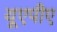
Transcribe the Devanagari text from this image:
यूएपीए